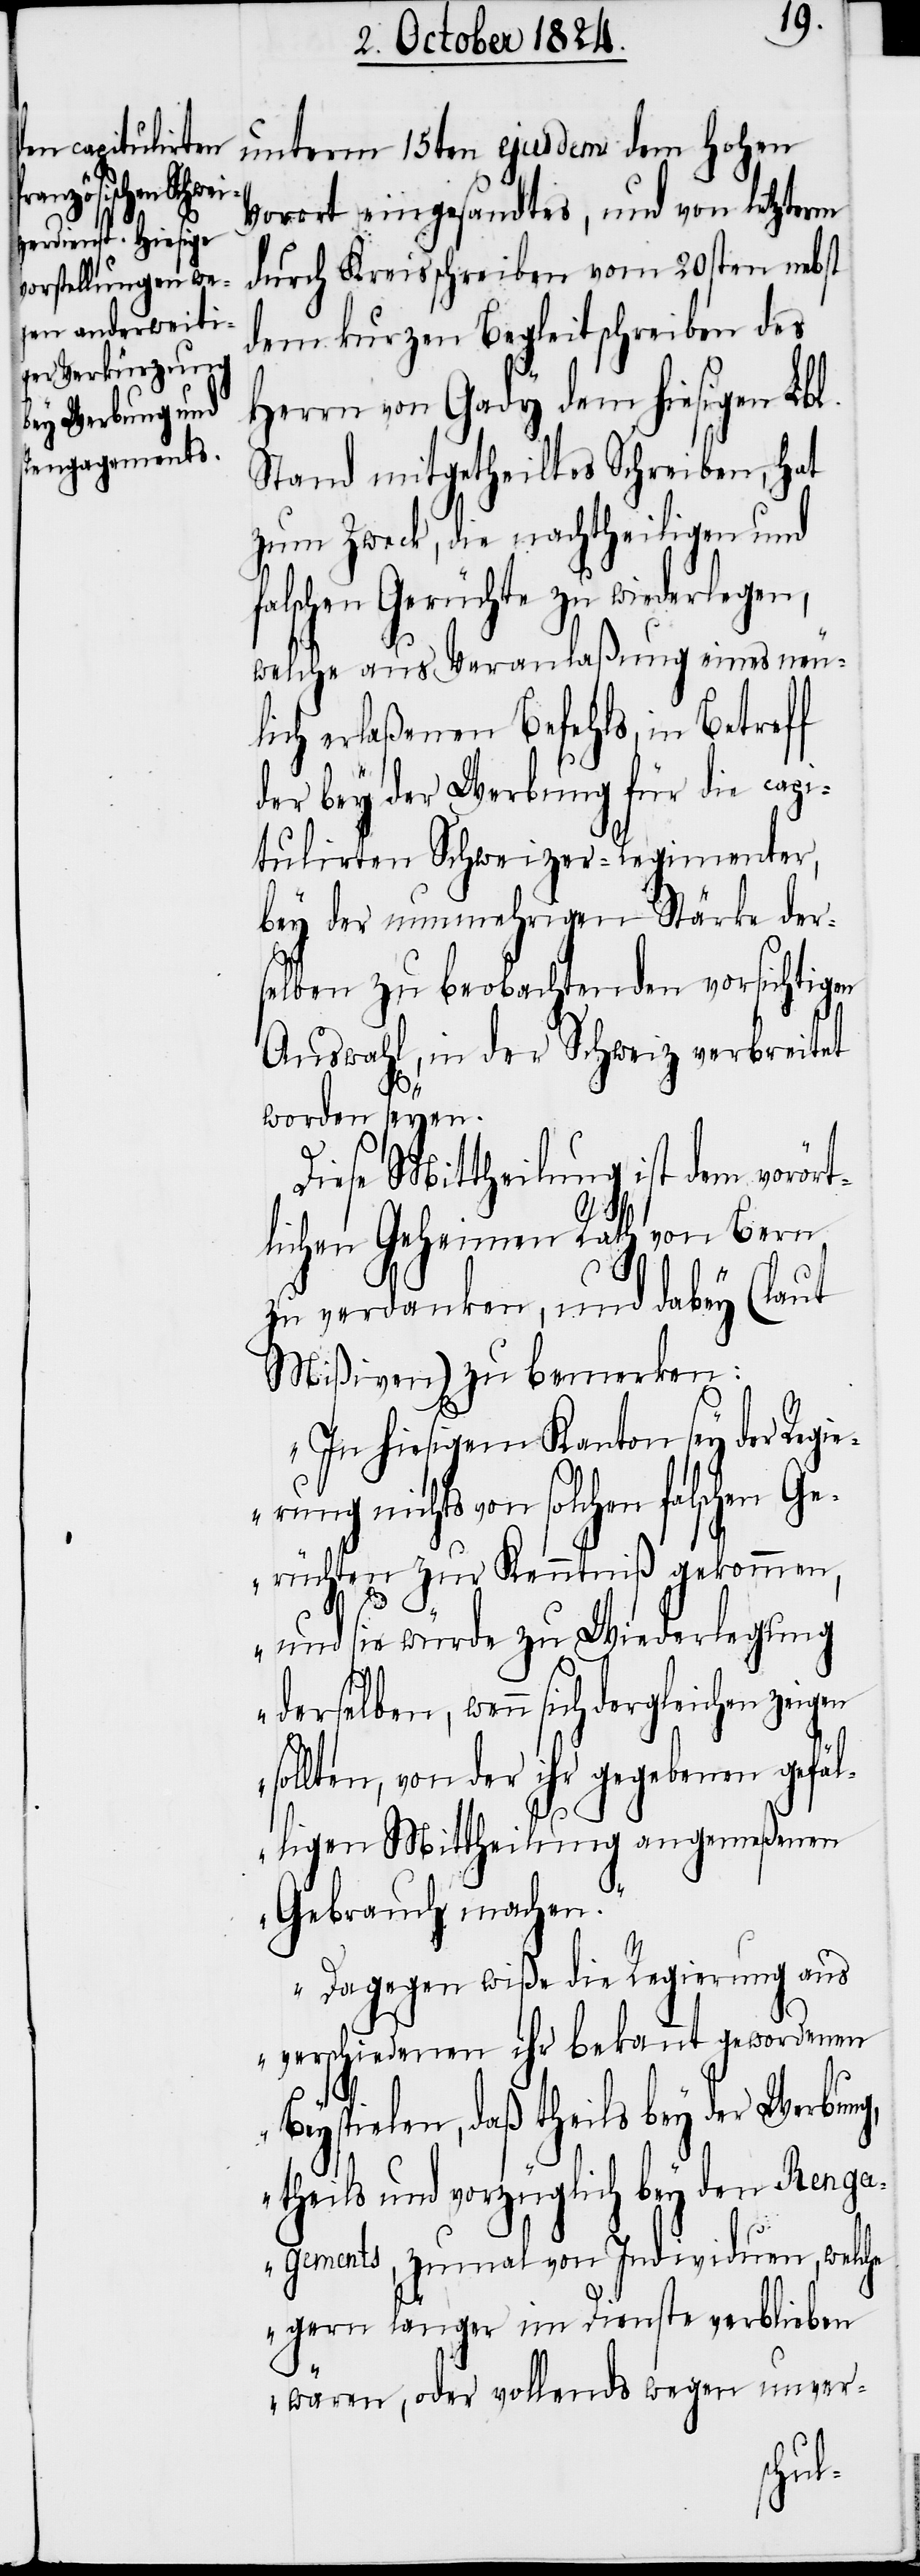
zeigen

unterm 15ten ejusdem dem Hohen
Vorort eingesandtes, und von letzterm
durch Kreisschreiben vom 20sten nebst
dem kurzen Begleitschreiben des
Herrn von Gady dem hiesigen Lbl.
Stand mitgetheiltes Schreiben, hat
zum Zweck, die nachtheiligen und
falschen Gerüchte zu widerlegen,
welche aus Veranlaßung eines neu¬
lich erlaßenen Befehls, in Betreff
der bey der Werbung für die capi¬
tulirten Schweizer-Regimenter,
bey der nunmehrigen Stärke der¬
selben zu beobachtenden vorsichtigen
Auswahl, in der Schweiz verbreitet
worden seyen.
Diese Mittheilung ist dem vorört¬
lichen Geheimen Rath von Bern
zu verdanken, und dabey (laut
Mißiven) zu bemerken:
„In hiesigem Kanton sey der Regi¬
erung nichts von solchen falschen Ge¬
rüchten zur Kenntniß gekommen,
und sie würde zu Wiederlegung
sollten, von der ihr gegebenen gefäl¬
ligen Mittheilung angemeßenen
Gebrauch machen.
Dagegen wiße die Regierung aus
verschiedenen ihr bekannt gewordenen
Beyspielen, daß theils bey der Werbung,
theils und vorzüglich bey den Renga¬
gements, zumal von Individuen, welche
gern länger im Dienste verblieben
wären, oder vollends wegen unver-